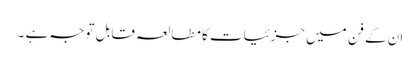
ان کے فن میں جزئیات کا مطالعہ قابل توجہ ہے ۔